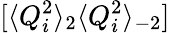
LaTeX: [\langle Q_{i}^{2}\rangle_{2}\langle Q_{i}^{2}\rangle_{-2}]